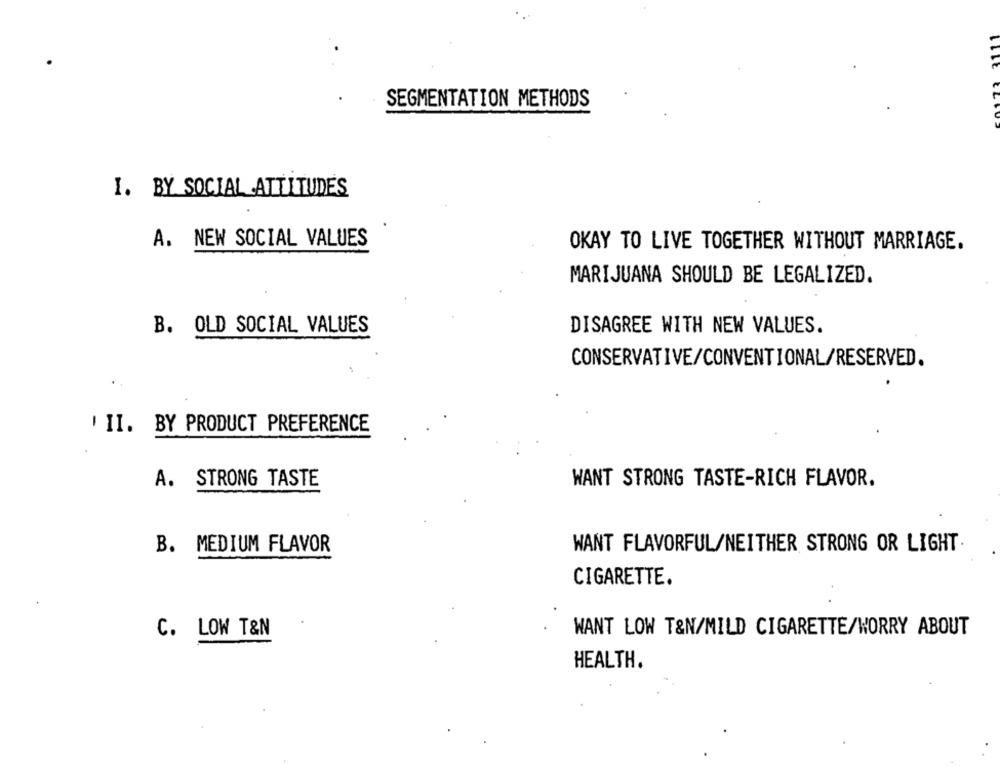
SEGMENTATION METHODS
I. BY SOCIAL ATTITUDES
A. NEW SOCIAL VALUES
OKAY TO LIVE TOGETHER WITHOUT MARRIAGE.
MARIJUANA SHOULD BE LEGALIZED.
B. OLD SOCIAL VALUES
DISAGREE WITH NEW VALUES.
CONSERVATIVE/CONVENTIONAL/RESERVED.
' II. BY PRODUCT PREFERENCE
A. STRONG TASTE
WANT STRONG TASTE-RICH FLAVOR.
B. MEDIUM FLAVOR
WANT FLAVORFUL/NEITHER STRONG OR LIGHT
CIGARETTE.
C. LOW T&N
WANT LOW T&N/MILD CIGARETTE/WORRY ABOUT
HEALTH.